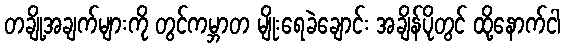
တချို့အချက်များကို တွင်ကမ္ဘာတ မျိုးရေခဲချောင်း အချိန်ပိုတွင် ထို့နောက်ငါ